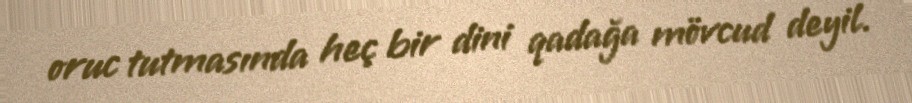
oruc tutmasında heç bir dini qadağa mövcud deyil.